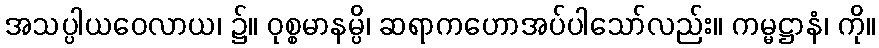
အသပ္ပါယဝေလာယ၊ ၌။ ဝုစ္စမာနမ္ပိ၊ ဆရာကဟောအပ်ပါသော်လည်း။ ကမ္မဋ္ဌာနံ၊ ကို။